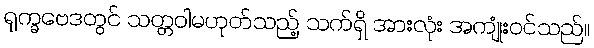
ရုက္ခဗေဒတွင် သတ္တဝါမဟုတ်သည့် သက်ရှိ အားလုံး အကျုံးဝင်သည်။